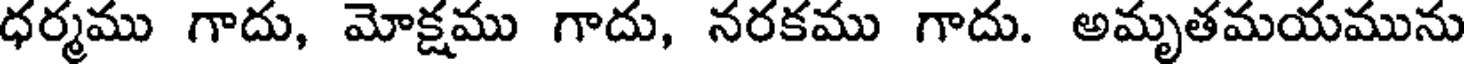
ధర్మము గాదు, మోక్షము గాదు, నరకము గాదు. అమృతమయమును